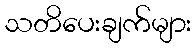
သတိပေးချက်များ